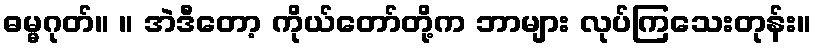
ဓမ္မဂုတ်။ ။ အဲဒီတော့ ကိုယ်တော်တို့က ဘာများ လုပ်ကြသေးတုန်း။